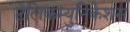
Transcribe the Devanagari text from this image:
टेलिकम्युनिकेशंस